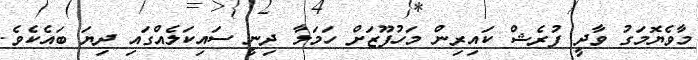
މާވެޔޮމަގު ވާދީ ފުރެޝް ކައިރިން މަހުފޫޒަށް ހަމަލާ ދިނީ ސައިކަލެއްގައި ދިޔަ ބައެކެވެ.